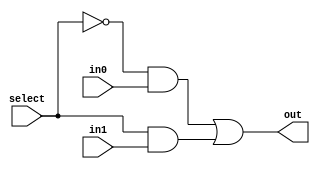
module mux2 (in0, in1, select, out);
input in0,in1,select;
output out;
wire s0,w0,w1;
not#1 (s0, select);
and#1 (w0, s0, in0),(w1, select, in1);
or#1 (out, w0, w1);
endmodule // mux2